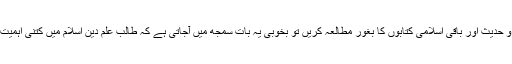
اگر ہم قرآن و حدیث اور باقی اسلامی کتابوں کا بغور مطالعہ کریں تو بخوبی یہ بات سمجھ میں آجاتی ہے کہ طالب علم دین اسلام میں کتنی اہمیت رکھتا ہے ۔